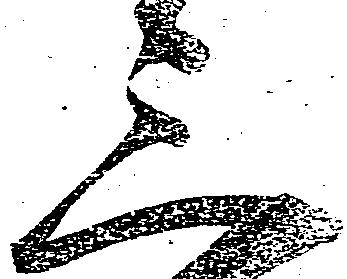
三